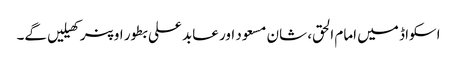
اسکواڈ میں امام الحق، شان مسعود اور عابد علی بطور اوپنر کھیلیں گے۔